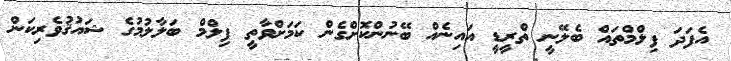
އެފަދަ ފިލްމްތައް ބެލޭނީ ތްރީޑީ އައިނެއް ބޭނުންކޮށްގެން ކަމަށްވާތީ ފިލްމް ބަލާލުމުގެ ޝައުޤުވެރިކަން